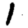
Digit: 1